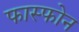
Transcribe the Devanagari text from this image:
फास्फोन